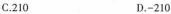
C.210 D.-210